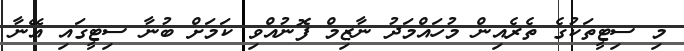
މި ސިޓީތަކުގެ ތެރެއިން މުހައްމަދު ނާޒިމް ފޮނުއްވި ކަމަށް ބުނާ ސިޓީގައި އޭނާ